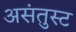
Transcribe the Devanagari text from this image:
असंतुस्ट